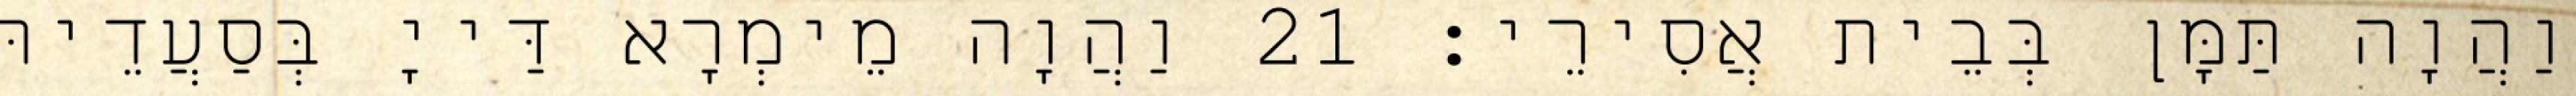
וַהֲוָה תַּמָּן בְּבֵית אֲסִירֵי׃ 21 וַהֲוָה מֵימְרָא דַּייָ בְּסַעֲדֵיהּ